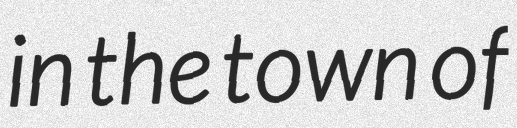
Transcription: in the town of